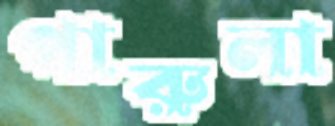
পারুলা